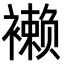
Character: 𧝝